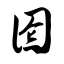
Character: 囵